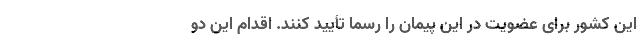
این کشور برای عضویت در این پیمان را رسماً تأیید کنند. اقدام این دو